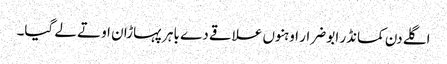
اگلے دن کمانڈر ابو ضرار اوہنوں علاقے دے باہر پہاڑان اوتے لے گیا۔